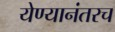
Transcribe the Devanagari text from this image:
येण्यानंतरच